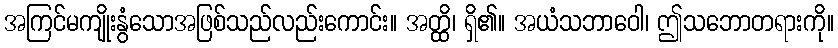
အကြင်မကျိုးနွံသောအဖြစ်သည်လည်းကောင်း။ အတ္ထိ၊ ရှိ၏။ အယံသဘာဝေါ၊ ဤသဘောတရားကို။